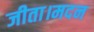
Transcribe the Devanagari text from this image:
जीता।मदन